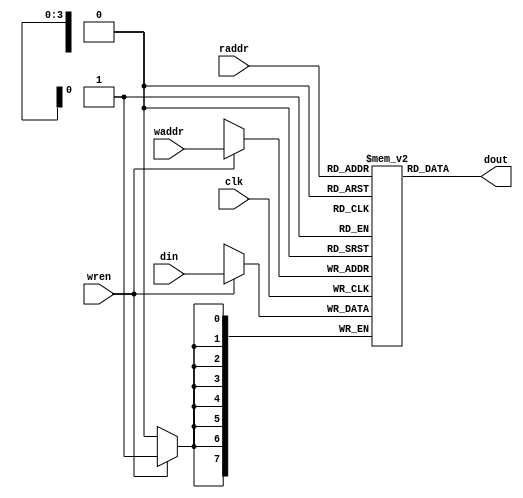
module regfile_1r1w_behav (
	input				clk,
	input				wren,
	input  [7:0]	din,
	input  [3:0]	raddr,
	input  [3:0]	waddr,
	output [7:0]	dout
	);
	
	reg [7:0] reg_array [0:15];
	
	// write process
	always @(posedge clk)
		if (wren)
			reg_array[waddr] <= din;
	
	// read process
	assign dout = reg_array[raddr];
	
endmodule